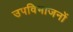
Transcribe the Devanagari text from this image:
उपविभाजनों